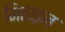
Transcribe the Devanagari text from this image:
मिठाइन